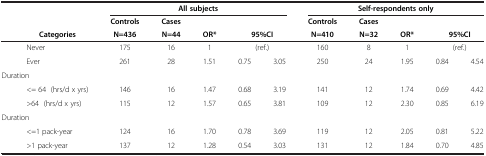
| <COLSPAN=2>  | <COLSPAN=5> All subjects | <COLSPAN=5> Self-respondents only |
 | <COLSPAN=2>  | Controls | Cases |  |  |  | Controls | Cases |  |  |  |
 |  | Categories | N=436 | N=44 | OR* | <COLSPAN=2> 95%CI | N=410 | N=32 | OR* | <COLSPAN=2> 95%CI |
 | --- | --- | --- | --- | --- | --- | --- | --- | --- | --- | --- | --- |
 |  | Never | 175 | 16 | 1 | <COLSPAN=2> (ref.) | 160 | 8 | 1 | <COLSPAN=2> (ref.) |
 |  | Ever | 261 | 28 | 1.51 | 0.75 | 3.05 | 250 | 24 | 1.95 | 0.84 | 4.54 |
 | <COLSPAN=2> Duration |  |  |  |  |  |  |  |  |  |  |
 |  | <= 64 (hrs/d x yrs) | 146 | 16 | 1.47 | 0.68 | 3.19 | 141 | 12 | 1.74 | 0.69 | 4.42 |
 |  | >64 (hrs/d x yrs) | 115 | 12 | 1.57 | 0.65 | 3.81 | 109 | 12 | 2.30 | 0.85 | 6.19 |
 | <COLSPAN=2> Duration |  |  |  |  |  |  |  |  |  |  |
 |  | <=1 pack-year | 124 | 16 | 1.70 | 0.78 | 3.69 | 119 | 12 | 2.05 | 0.81 | 5.22 |
 |  | >1 pack-year | 137 | 12 | 1.28 | 0.54 | 3.03 | 131 | 12 | 1.84 | 0.70 | 4.85 |